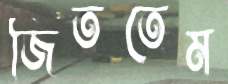
জিততেম